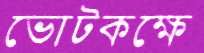
ভোটকক্ষে